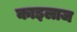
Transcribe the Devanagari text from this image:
काइलाज